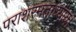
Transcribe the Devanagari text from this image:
पराशरमताध्याय।